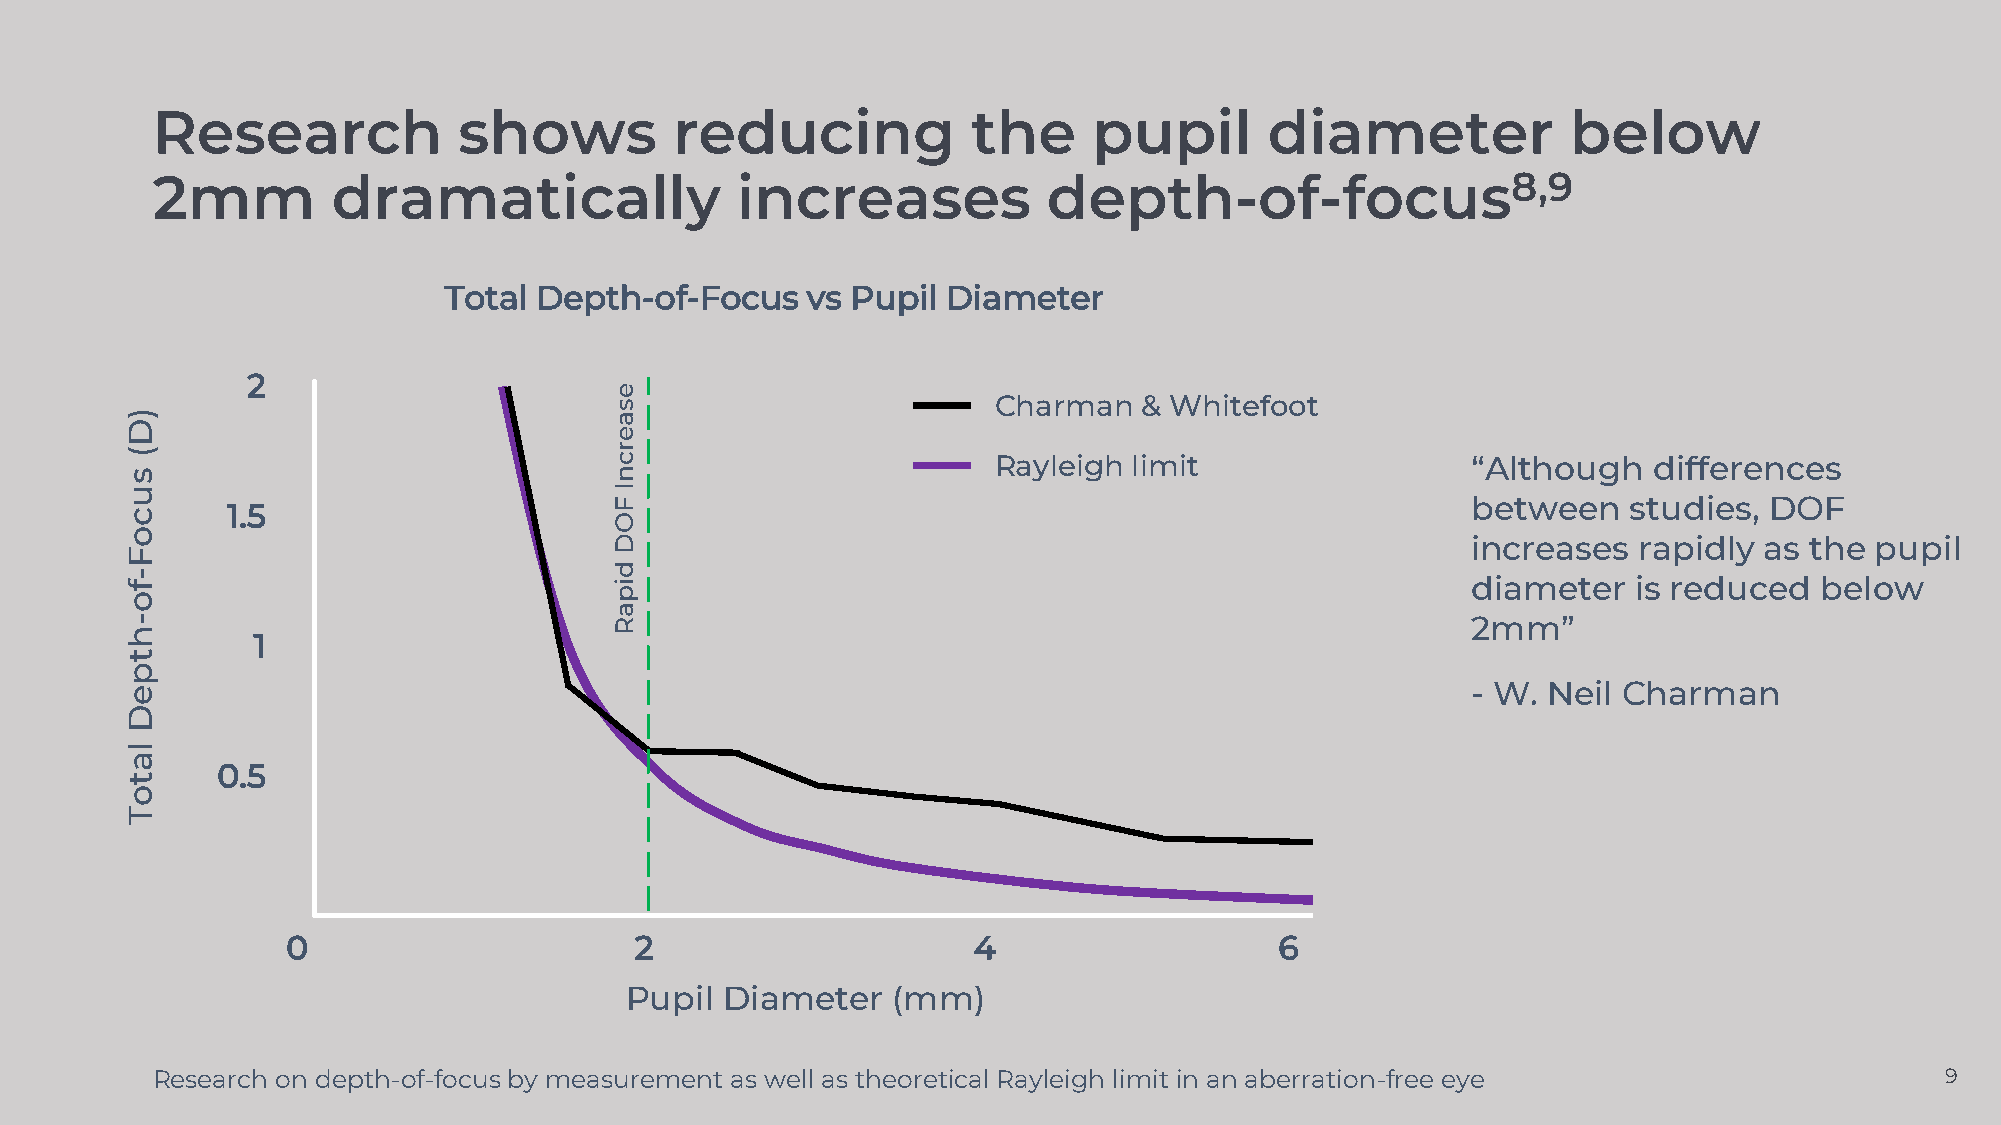
Research            shows          reducing           the     pupil       diameter            below
 2mm         dramatically               increases           depth-of-focus8,9
 Total Depth-of-Focus    vs Pupil  Diameter
 2
 e
 s                        Charman  & Whitefoot
 )                                a
 D
 e
 (                                r c                      Rayleigh limit                 “Although   differences
 s                                n
 u                                I
 c      1.5                       F                                                       between    studies, DOF
 O
 o
 D                                                       increases  rapidly  as the pupil
 F
 d
 -
 f                                i p                                                     diameter   is reduced  below
 o
 a
 -                                R                                                       2mm”
 h
 1
 t
 p
 e                                                                                        - W. Neil Charman
 D
 l
 a
 0.5
 t
 o
 T
 0                      2                     4                    6
 Pupil  Diameter   (mm)
 Research on depth-of-focus by measurement as well as theoretical Rayleigh limit in an aberration-free eye              9